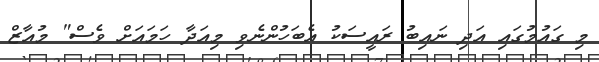
މި ގައުމުގައި އަދި ނައިބު ރައީސަކު އެބަހުންނެވި މިއަދާ ހަމައަށް ވެސް" މުއާޒް